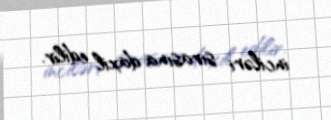
inciləri sırasına daxil edilir.